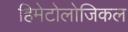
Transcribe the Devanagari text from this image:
हिमेटोलोजिकल